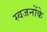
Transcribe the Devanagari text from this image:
स्वजनोंके